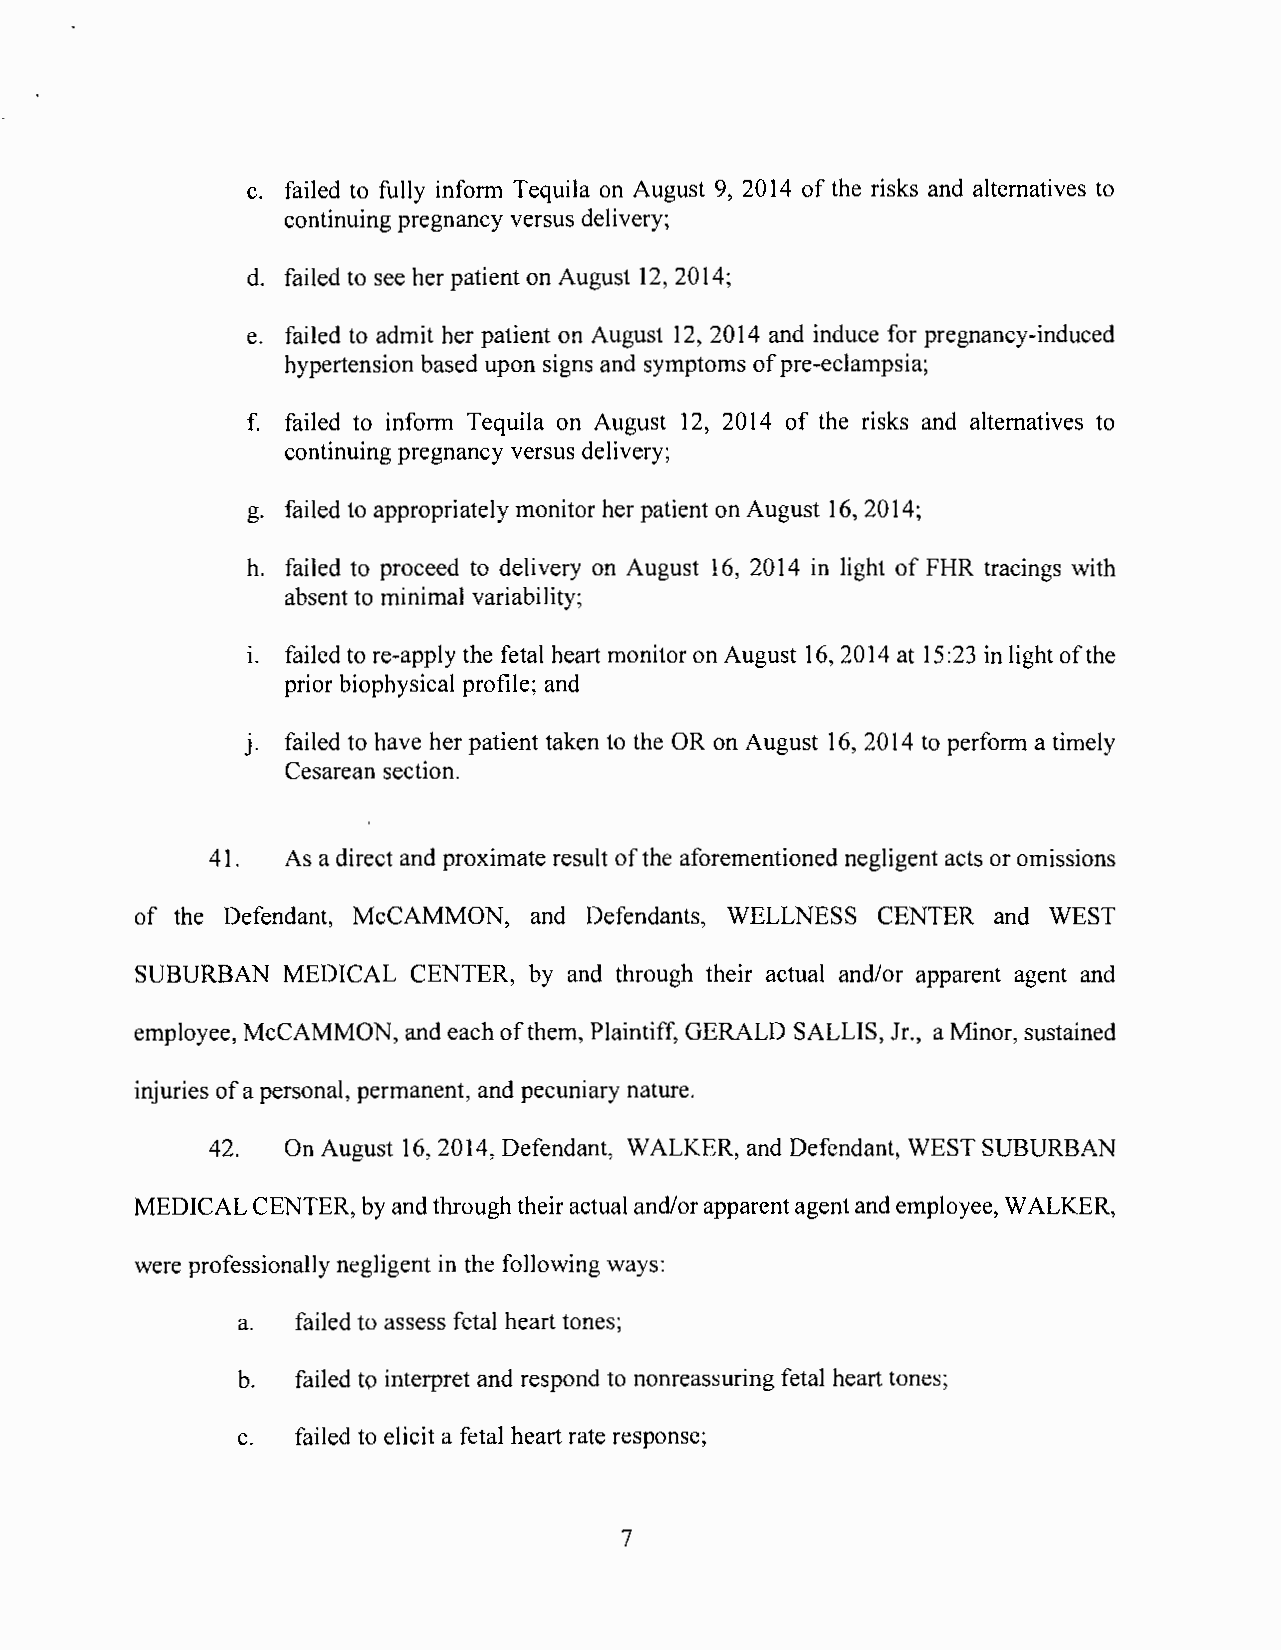
c. failed to fully inform Tequila on August 9, 2014 of the risks and alternatives to
 continuing pregnancy versus delivery;
 d. failed to see her patient on August 12, 2014;
 e. failed to admit her patient on August 12, 2014 and induce for pregnancy-induced
 hypertension based upon signs and symptoms of pre-eclampsia;
 f. failed to inform Tequila on August 12, 2014 of the risks and alternatives to
 continuing pregnancy versus delivery;
 g. failed to appropriately monitor her patient on August 16, 2014;
 h. failed to proceed to delivery on August 16, 2014 in light of FHR tracings with
 absent to minimal variability;
 1. failed to re-apply the fetal heart monitor on August 16,2014 at 15:23 in light ofthe
 prior biophysical profile; and
 J. failed to have her patient taken to the OR on August 16, 2014 to perform a timely
 Cesarean section.
 41.  As a direct and proximate result of the aforementioned negligent acts or omissions
 of the Defendant, McCAMMON, and Defendants, WELLNESS CENTER and WEST
 SUBURBAN  MEDICAL CENTER, by and through their actual and/or apparent agent and
 employee, McCAMMON, and each of them, Plaintiff, GERALD SALLIS, Jr., a Minor, sustained
 injuries of a personal, permanent, and pecuniary nature.
 42.  On August 16, 2014, Defendant, WALKER, and Defendant, WEST SUBURBAN
 MEDICAL CENTER, by and through their actual and/or apparent agent and employee, WALKER,
 were professionally negligent in the following ways:
 a.  failed to assess fetal heart tones;
 b.  failed to interpret and respond to nonreassuring fetal heart tones;
 c.  failed to elicit a fetal heart rate response;
 7